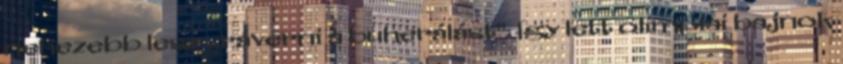
nehezebb lesz ,,ráverni a buherálást". Így lett olimpiai bajnok